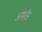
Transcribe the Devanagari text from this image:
अर्मांड